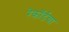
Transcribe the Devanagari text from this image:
रेकॉर्डचा